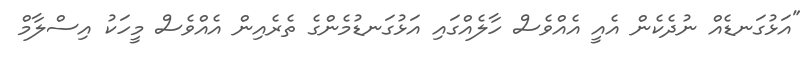
"އަޅުގަނޑެއް ނުދެކެން އެއީ އެއްވެސް ހާލެއްގައި އަޅުގަނޑުމެންގެ ތެރެއިން އެއްވެސް މީހަކު އިސްލާމް